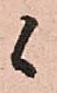
候